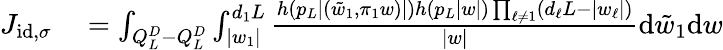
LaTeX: \begin{array}{rl}{J_{\textnormal{id},\sigma}}&{{}=\int_{Q_{L}^{D}-Q_{L}^{D}}\int_{|w_{1}|}^{d_{1}L}\frac{h(p_{L}|(\tilde{w}_{1},\pi_{1}w)|)h(p_{L}|w|)\prod_{\ell\neq 1}(d_{\ell}L-|w_{\ell}|)}{|w|}\mathrm{d}\tilde{w}_{1}\mathrm{d}w}\end{array}